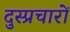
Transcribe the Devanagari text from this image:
दुस्प्रचारों